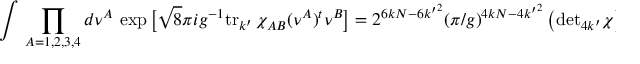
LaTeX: \int \, \prod _ { A = 1 , 2 , 3 , 4 } d \nu ^ { A } \, \exp \big [ \sqrt 8 \pi i g ^ { - 1 } \mathrm { t r } _ { k ^ { \prime } } \, \chi _ { A B } ( \nu ^ { A } ) ^ { t } \nu ^ { B } \big ] = 2 ^ { 6 k N - 6 { k ^ { \prime } } ^ { 2 } } ( \pi / g ) ^ { 4 k N - 4 { k ^ { \prime } } ^ { 2 } } \left( \mathrm { d e t } _ { 4 k ^ { \prime } } \chi \right) ^ { N ^ { \prime } / 2 - k ^ { \prime } } \ .